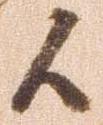
候